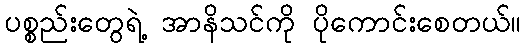
ပစ္စည်းတွေရဲ့ အာနိသင်ကို ပိုကောင်းစေတယ်။